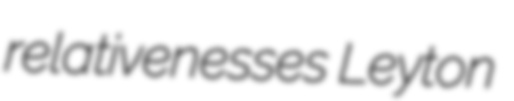
relativenesses Leyton